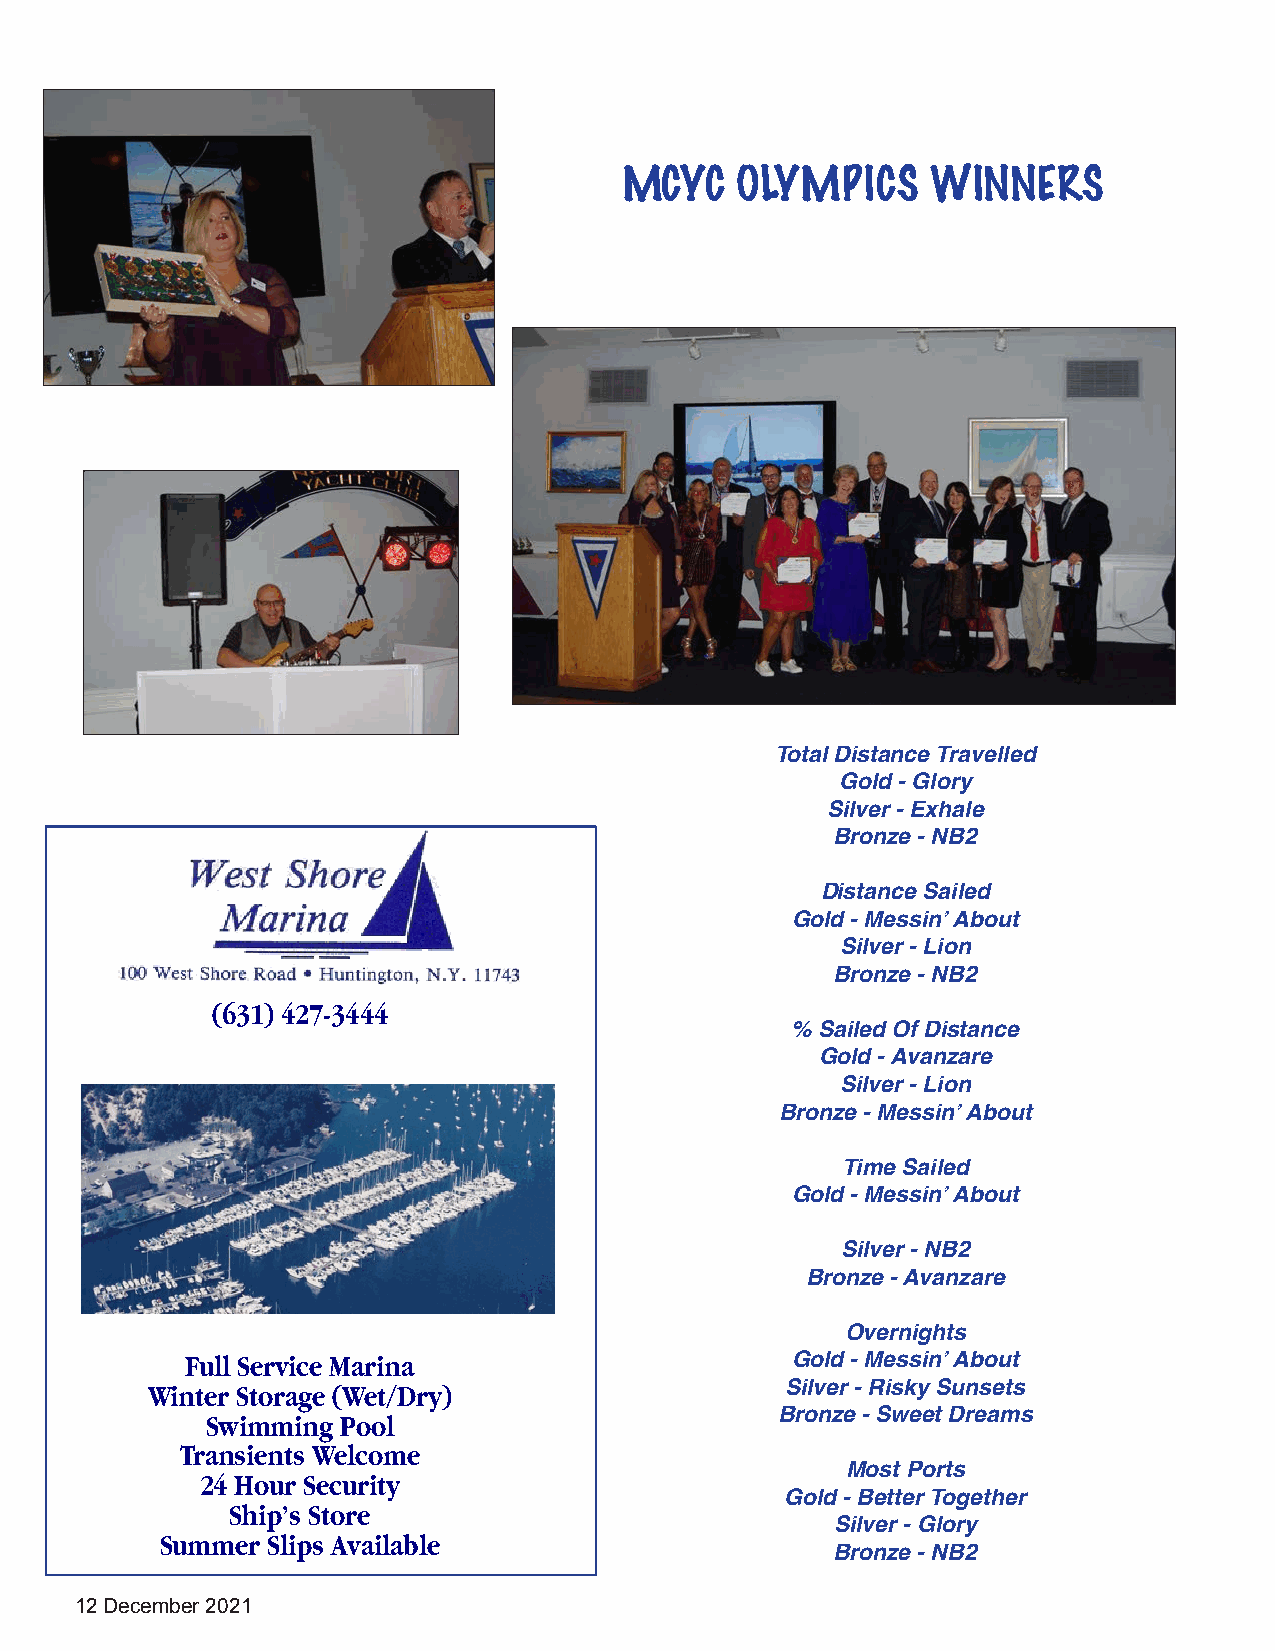
MCYC    OLYMPICS     WINNERS
 Total Distance Travelled
 Gold - Glory
 Silver - Exhale
 Bronze - NB2
 Distance Sailed
 Gold - Messin’ About
 Silver - Lion
 Bronze - NB2
 (631) 427-3444
 % Sailed Of Distance
 Gold - Avanzare
 Silver - Lion
 Bronze - Messin’ About
 Time Sailed
 Gold - Messin’ About
 Silver - NB2
 Bronze - Avanzare
 Overnights
 Full Service Marina                     Gold - Messin’ About
 Winter Storage (Wet/Dry)                  Silver - Risky Sunsets
 Swimming Pool                        Bronze - Sweet Dreams
 Transients Welcome
 Most Ports
 24 Hour Security
 Gold - Better Together
 Ship’s Store
 Silver - Glory
 Summer Slips Available
 Bronze - NB2
 12 December 2021